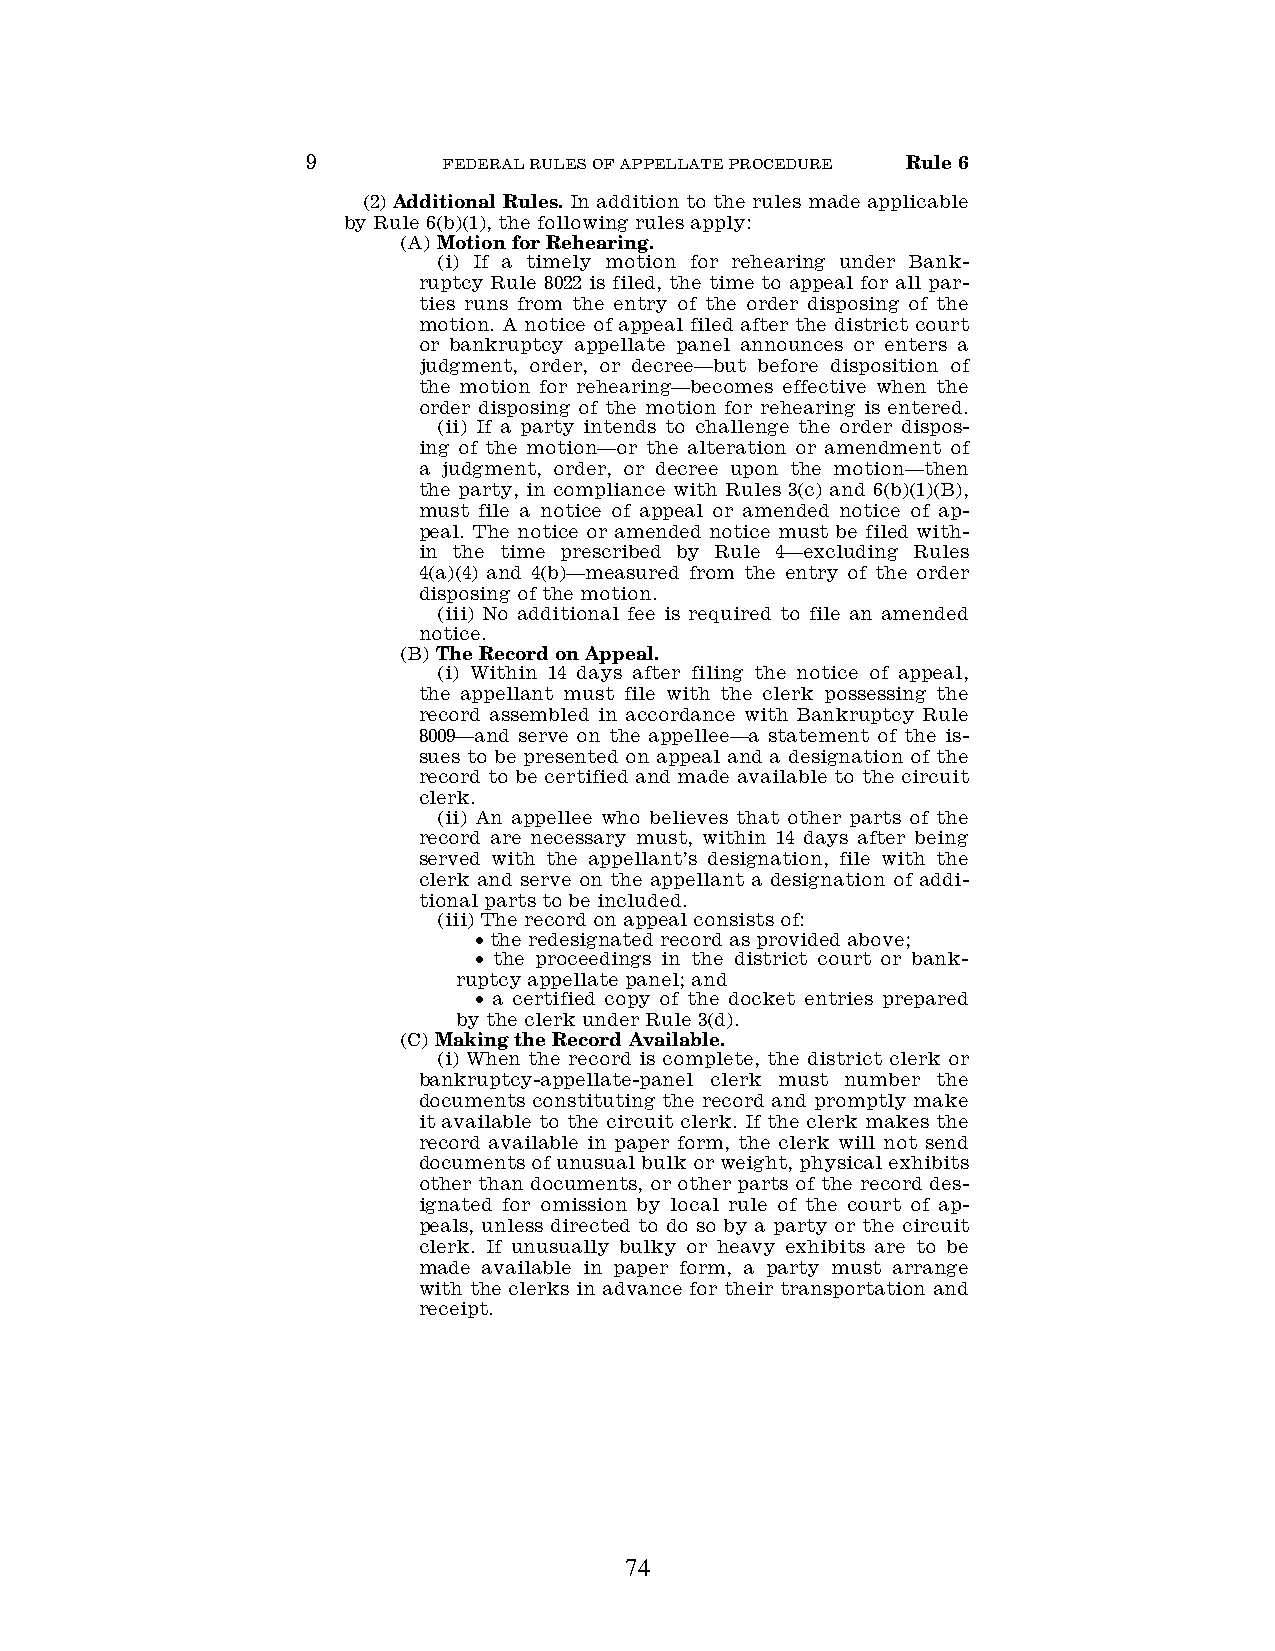
9        FEDERAL RULES OF APPELLATE PROCEDURE Rule 6
 (2) Additional Rules. In addition to the rules made applicable
 by Rule 6(b)(1), the following rules apply:
 (A) Motion for Rehearing.
 (i) If a timely motion for rehearing under Bank-
 ruptcy Rule 8022 is filed, the time to appeal for all par-
 ties runs from the entry of the order disposing of the
 motion. A notice of appeal filed after the district court
 or bankruptcy appellate panel announces or enters a
 judgment, order, or decree—but before disposition of
 the motion for rehearing—becomes effective when the
 order disposing of the motion for rehearing is entered.
 (ii) If a party intends to challenge the order dispos-
 ing of the motion—or the alteration or amendment of
 a judgment, order, or decree upon the motion—then
 the party, in compliance with Rules 3(c) and 6(b)(1)(B),
 must file a notice of appeal or amended notice of ap-
 peal. The notice or amended notice must be filed with-
 in the time prescribed by Rule 4—excluding Rules
 4(a)(4) and 4(b)—measured from the entry of the order
 disposing of the motion.
 (iii) No additional fee is required to file an amended
 notice.
 (B) The Record on Appeal.
 (i) Within 14 days after filing the notice of appeal,
 the appellant must file with the clerk possessing the
 record assembled in accordance with Bankruptcy Rule
 8009—and serve on the appellee—a statement of the is-
 sues to be presented on appeal and a designation of the
 record to be certified and made available to the circuit
 clerk.
 (ii) An appellee who believes that other parts of the
 record are necessary must, within 14 days after being
 served with the appellant’s designation, file with the
 clerk and serve on the appellant a designation of addi-
 tional parts to be included.
 (iii) The record on appeal consists of:
 • the redesignated record as provided above;
 • the proceedings in the district court or bank-
 ruptcy appellate panel; and
 • a certified copy of the docket entries prepared
 by the clerk under Rule 3(d).
 (C) Making the Record Available.
 (i) When the record is complete, the district clerk or
 bankruptcy-appellate-panel clerk must number the
 documents constituting the record and promptly make
 it available to the circuit clerk. If the clerk makes the
 record available in paper form, the clerk will not send
 documents of unusual bulk or weight, physical exhibits
 other than documents, or other parts of the record des-
 ignated for omission by local rule of the court of ap-
 peals, unless directed to do so by a party or the circuit
 clerk. If unusually bulky or heavy exhibits are to be
 made available in paper form, a party must arrange
 with the clerks in advance for their transportation and
 receipt.
 74